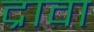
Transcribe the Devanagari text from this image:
द्रावा